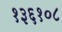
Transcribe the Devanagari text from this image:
१३६१०८